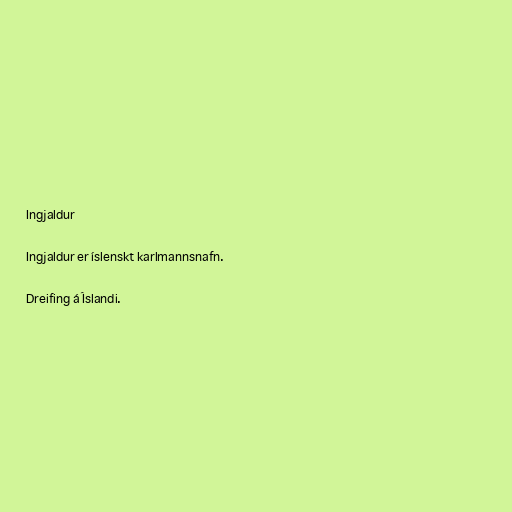
Ingjaldur

Ingjaldur er íslenskt karlmannsnafn.

Dreifing á Íslandi.